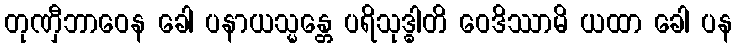
တုဏှီဘာဝေန ခေါ ပနာယသ္မန္တေ ပရိသုဒ္ဓါတိ ဝေဒိဿာမိ ယထာ ခေါ ပန